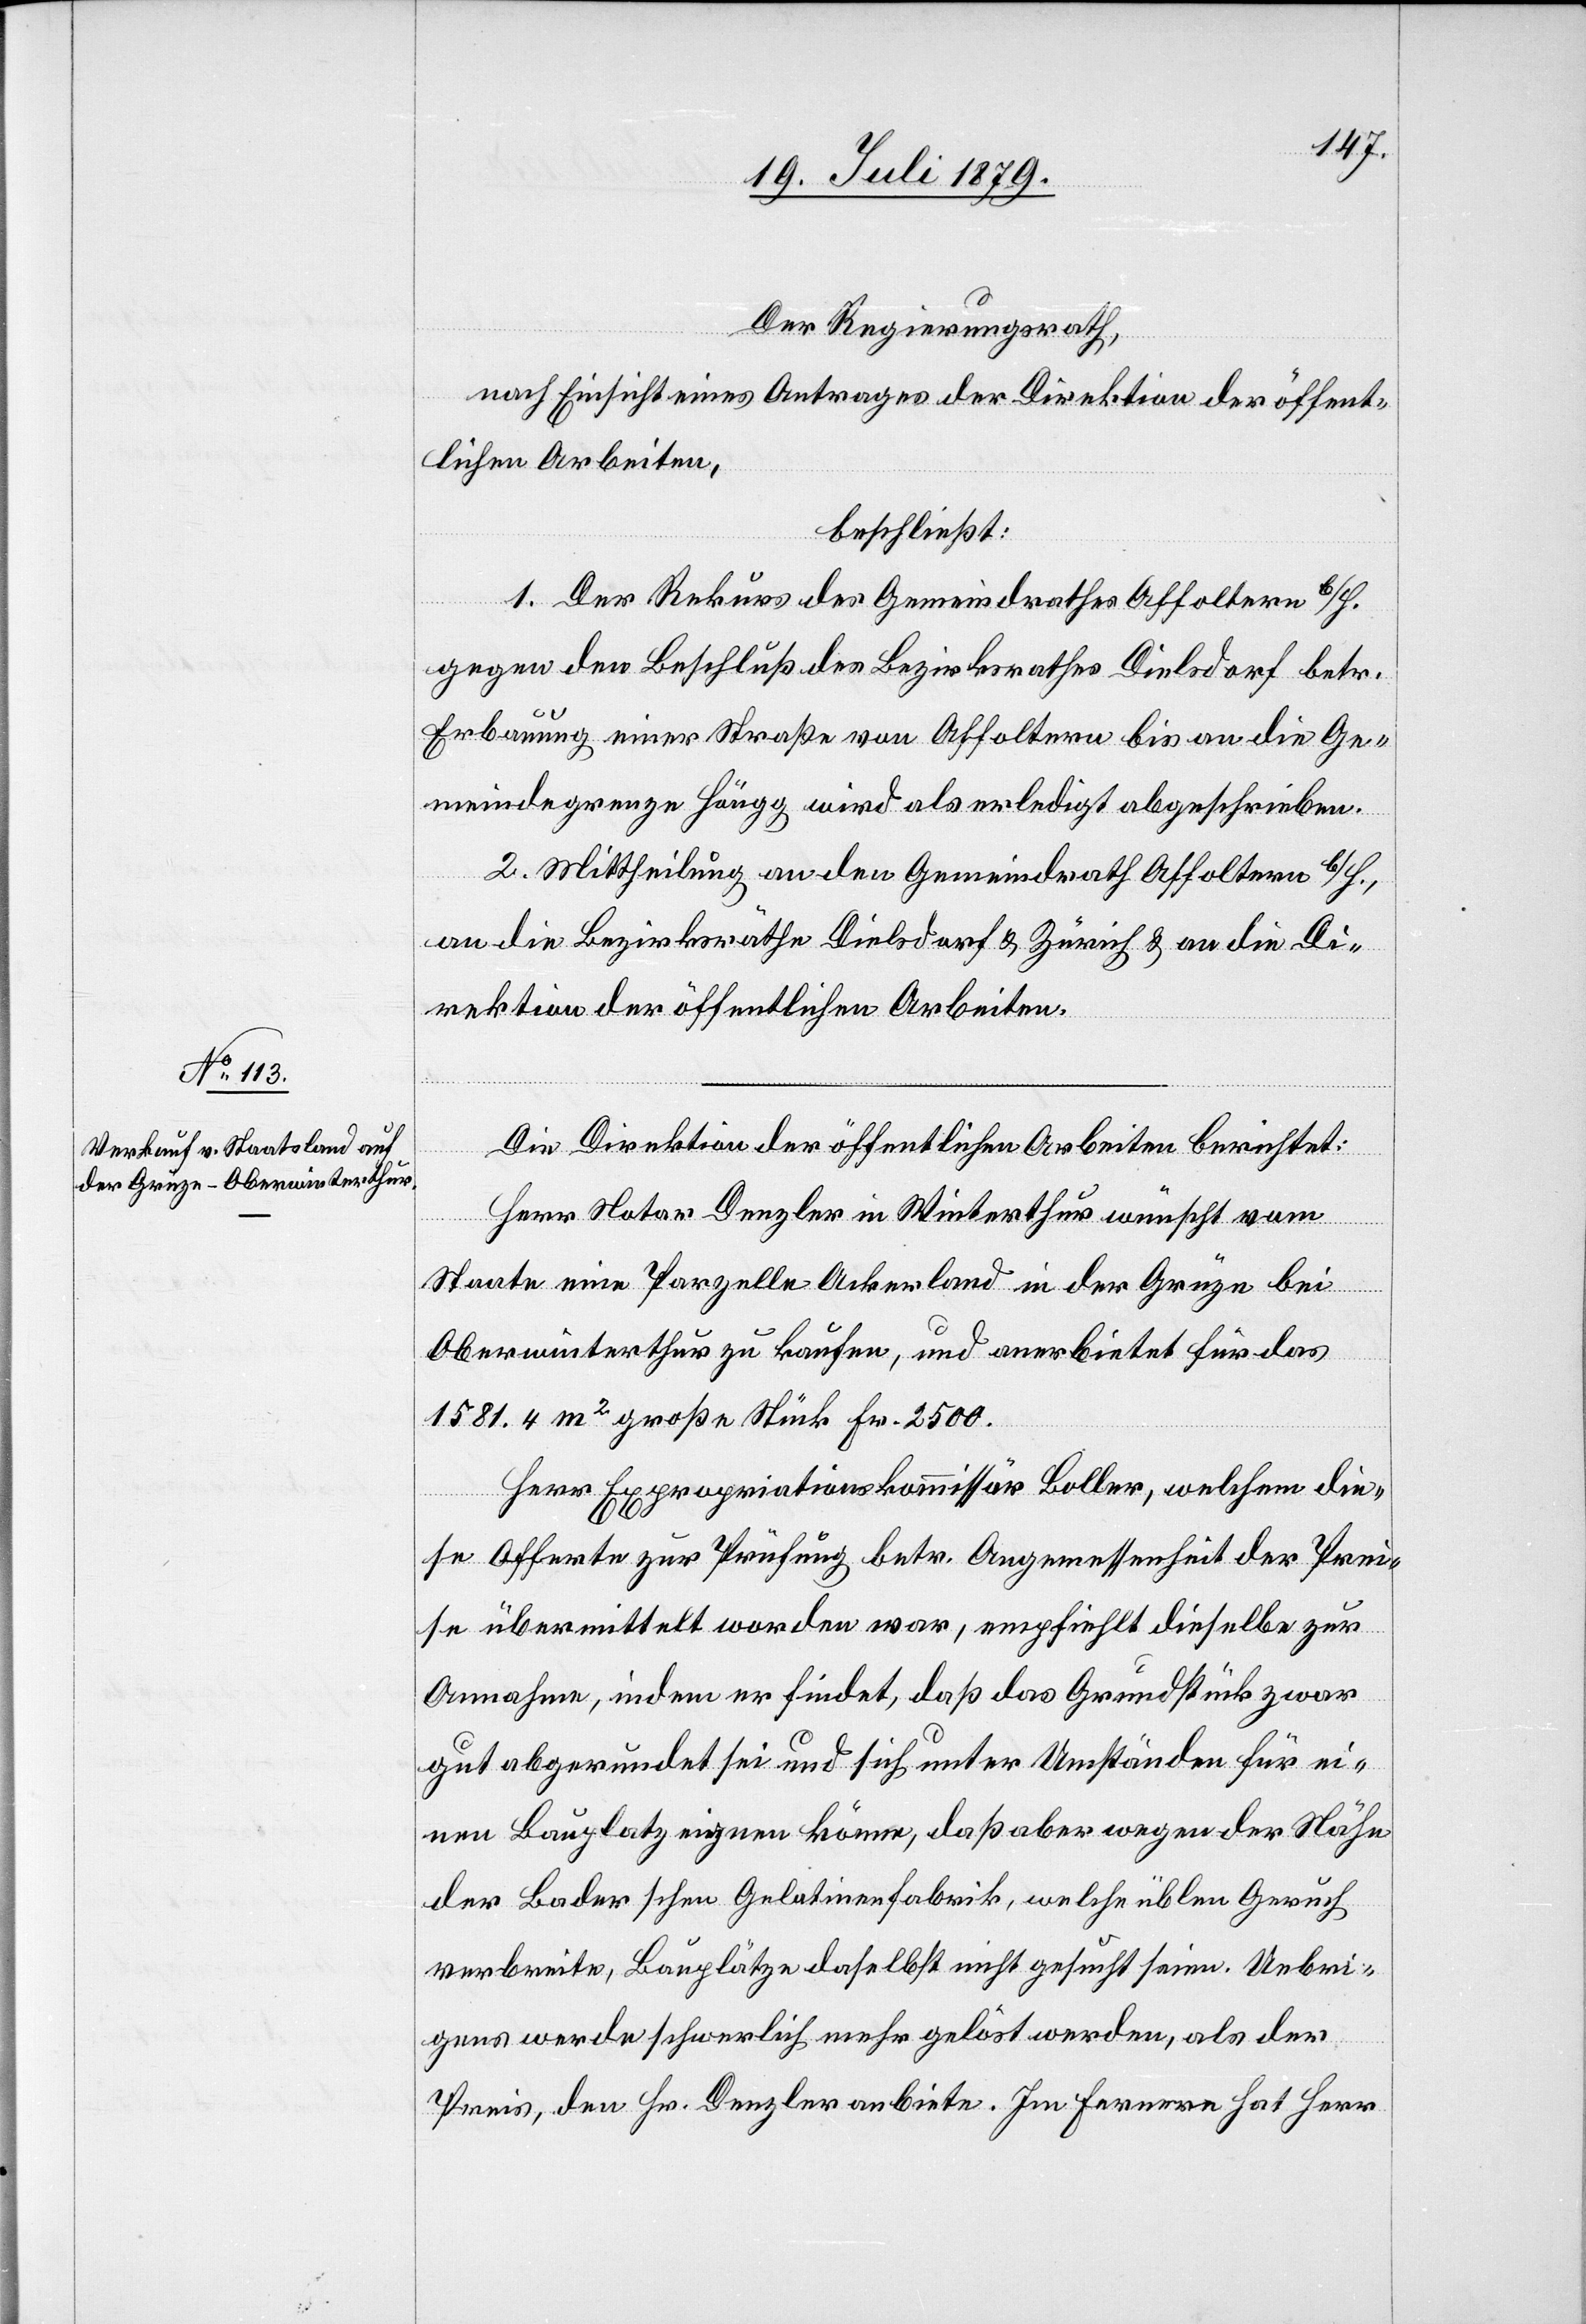
Der Regierungsrath,
nach Einsicht eines Antrages der Direktion der öffent¬
lichen Arbeiten,
beschließt:
1. Der Rekurs des Gemeindrathes Affoltern b/H.
gegen den Beschluß des Bezirksrathes Dielsdorf betr.
Erbauung einer Straße von Affoltern bis an die Ge¬
meindegrenze Höngg wird als erledigt abgeschrieben.
2. Mittheilung an den Gemeindrath Affoltern b/H.,
an die Bezirksräthe Dielsdorf & Zürich & an die Di¬
rektion der öffentlichen Arbeiten.
Die Direktion der öffentlichen Arbeiten berichtet:
Herr Notar Denzler in Winterthur wünscht vom
Staate eine Parzelle Ackerland in der Grüze bei
Oberwinterthur zu kaufen, und anerbietet für das
1581.4 m2 große Stück Fr. 2500.
Herr Expropriationskommissär Boller, welchem die¬
se Offerte zur Prüfung betr. Angemessenheit der Prei¬
se übermittelt worden war, empfiehlt dieselbe zur
Annahme, indem er findet, daß das Grundstück zwar
gut abgerundet sei und sich unter Umständen für ei¬
nen Bauplatz eignen könne, daß aber wegen der Nähe
der Baderschen Gelatinenfabrik, welche üblen Geruch
verbreite, Bauplätze daselbst nicht gesucht seien. Uebri¬
gens werde schwerlich mehr gelöst werden, als der
Preis, den Hr. Denzler anbiete. Im Fernern hat Herr